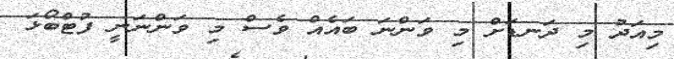
މިއަދު މި ދަނޑަށް މި ވަންނަ ބައެއް ވެސް މި ވަންނަނީ ފުޓްބޯޅަ